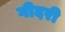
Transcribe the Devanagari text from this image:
गीदरी